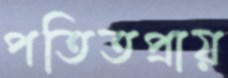
পতিতপ্রায়